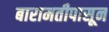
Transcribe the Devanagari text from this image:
बारामतीपासून